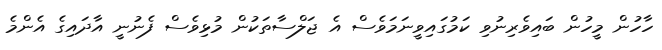
ހާހުން މީހުން ބައިވެރިނުވި ކަމުގައިވީނަމަވެސް އެ ޖަލްސާތަކުން މުޅިވެސް ފެނުނީ އާދައިގެ އެންމެ